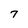
Character: 7